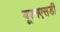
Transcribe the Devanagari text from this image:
यूएनएसडी